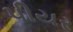
પીયર